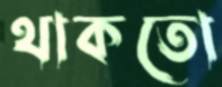
থাকতো